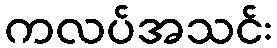
ကလပ်အသင်း